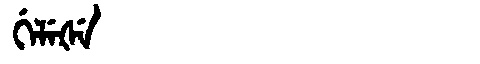
Manchu: ᡤᡝᠯᡝᡧᡝ
Romanization: GELEŠE